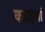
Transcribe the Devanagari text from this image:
कटाइयाँ